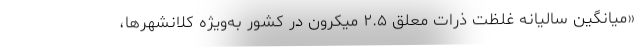
«میانگین سالیانه غلظت ذرات معلق ۲.۵ میکرون در کشور به‌ویژه کلانشهرها،